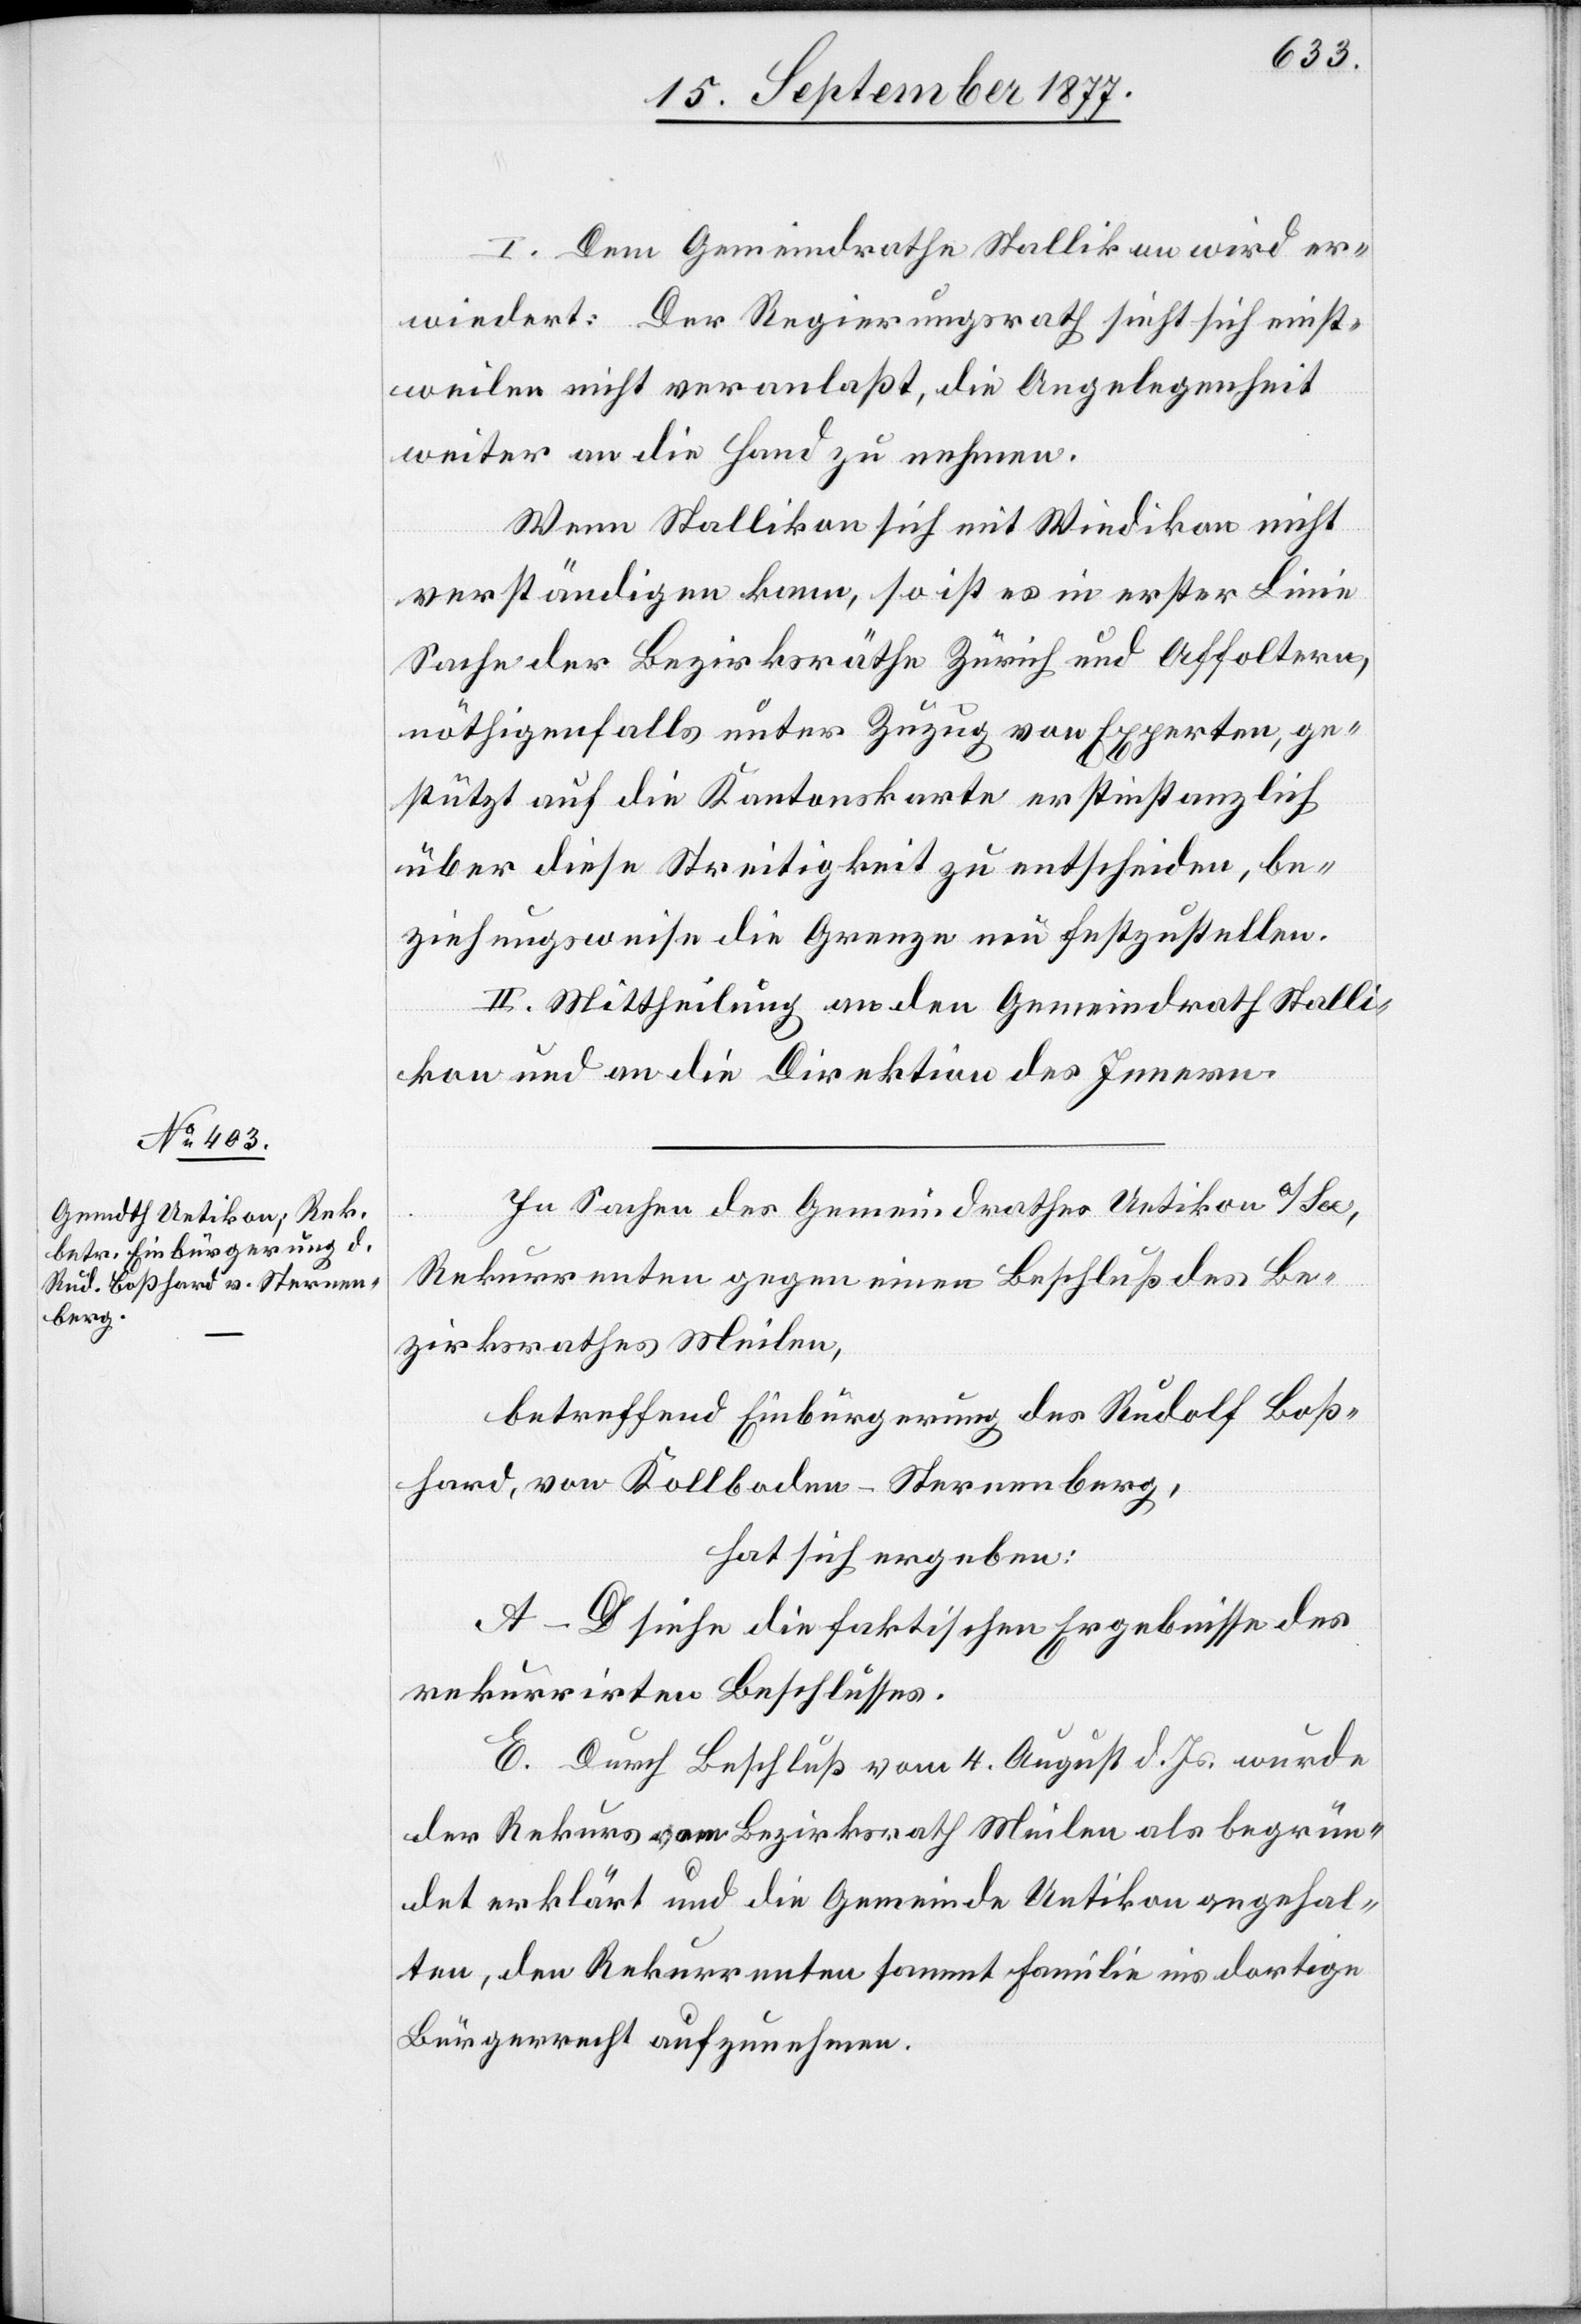
I. Dem Gemeindrathe Stallikon wird er¬
wiedert: Der Regierungsrath sieht sich einst¬
weilen nicht veranlaßt, die Angelegenheit
weiter an die Hand zu nehmen.
Wenn Stallikon sich mit Wiedikon nicht
verständigen kann, so ist es in erster Linie
Sache der Bezirksräthe Zürich und Affoltern,
nöthigenfalls unter Zuzug von Experten, ge¬
stützt auf die Kantonskarte erstinstanzlich
über diese Streitigkeit zu entscheiden, be¬
ziehungsweise die Grenze neu festzustellen.
II. Mittheilung an den Gemeindrath Stalli¬
kon und an die Direktion des Innern.
In Sachen des Gemeindrathes Uetikon a/See,
Rekurrenten gegen einen Beschluß des Be¬
zirksrathes Meilen,
betreffend Einbürgerung des Rudolf Boß¬
hard, von Kollboden - Sternenberg,
hat sich ergeben:
A–D siehe die faktischen Ergebnisse des
rekurrirten Beschlusses.
E. Durch Beschluß vom 4. August d. Js. wurde
der Rekurs vom Bezirksrath Meilen als begrün¬
det erklärt und die Gemeinde Uetikon angehal¬
ten, den Rekurrenten sammt Familie ins dortige
Bürgerrecht aufzunehmen.